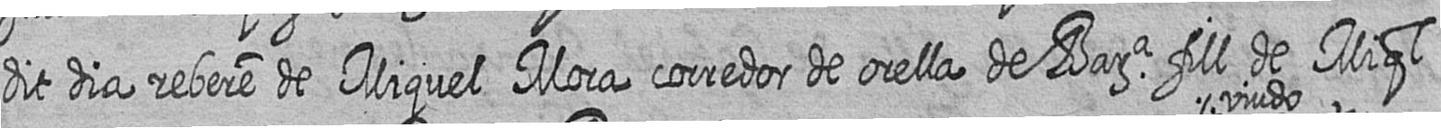
dit dia rebere de Miquel Mora corredor de orella de Bara fill de Miql